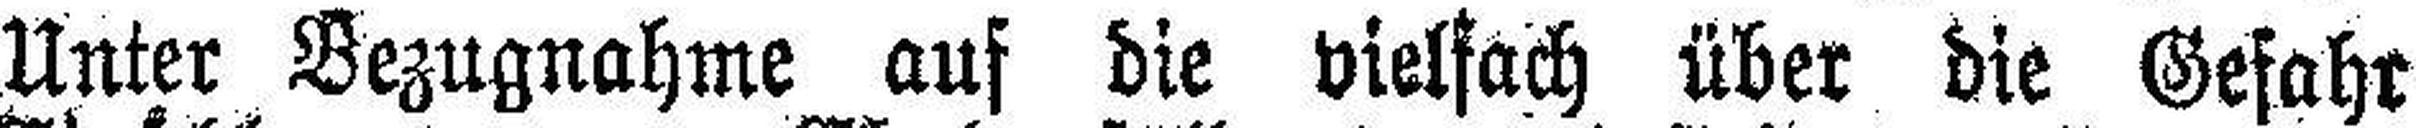
Unter Bezugnahme auf die vielfach über die Gefahr